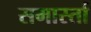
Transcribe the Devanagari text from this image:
समार्स्ता